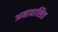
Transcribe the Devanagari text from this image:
अनावासित